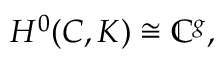
H ^ { 0 } ( C , K ) \cong \mathbb { C } ^ { g } ,